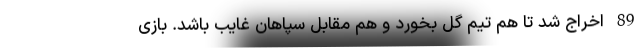
89 اخراج شد تا هم تیم گل بخورد و هم مقابل سپاهان غایب باشد. بازی